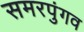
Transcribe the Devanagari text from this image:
समरपुंगव